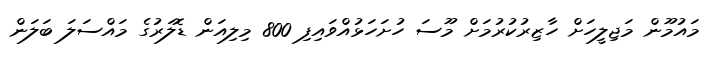
މައުމޫން މަޖިލީހަށް ހާޒިރުކުރުމަށް މޫސަ ހުށަހަޅުއްވައިފި 800 މިލިއަން ޑޮލަރުގެ މައްސަލަ ބަލަން